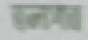
তলাপাত্র